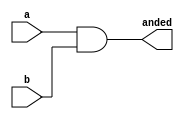
`timescale 1ns / 1ps

module and_mod(
	input [63:0] a, input [63:0] b,
	output [63:0] anded
    );
	
	assign anded = a & b;

endmodule